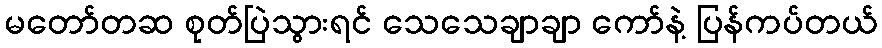
မတော်တဆ စုတ်ပြဲသွားရင် သေသေချာချာ ကော်နဲ့ ပြန်ကပ်တယ်